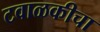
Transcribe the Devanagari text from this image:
टवाळकीचा